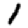
Digit: 1